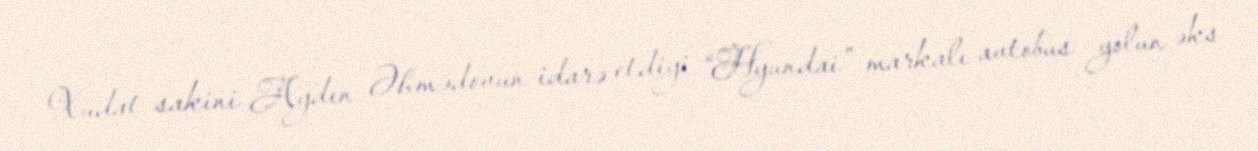
Xudat sakini Aydın Əhmədovun idarə etdiyi “Hyundai” markalı avtobus yolun əks